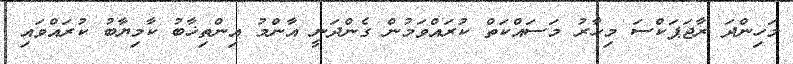
މަހިންދަ ރާޖަޕަކްސަ މިހާރު މަސައްކަތް ކުރައްވަމުން ގެންދަނީ އާންމު އިންތިޚާބު ކާމިޔާބު ކުރައްވައި